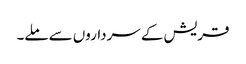
قریش کے سرداروں سے ملے۔